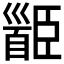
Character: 𩠝